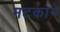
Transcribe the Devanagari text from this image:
मटकाने